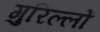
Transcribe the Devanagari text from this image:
गुरिल्लों